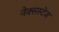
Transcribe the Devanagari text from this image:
नेक्सस्टेज